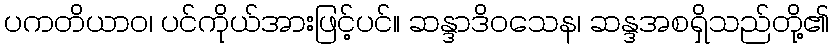
ပကတိယာဝ၊ ပင်ကိုယ်အားဖြင့်ပင်။ ဆန္ဒာဒိဝသေန၊ ဆန္ဒအစရှိသည်တို့၏